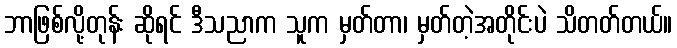
ဘာဖြစ်လို့တုန်း ဆိုရင် ဒီသညာက သူက မှတ်တာ၊ မှတ်တဲ့အတိုင်းပဲ သိတတ်တယ်။